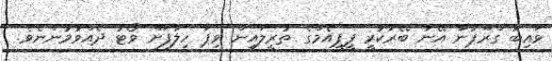
ވައިބާ ގްރޫޕުން އޭނާ ބޭރުކުރީ ޕީޕީއެމްގެ ތުރީލައިން ވިޕާ ހިލާފަށް ވޯޓު ދެއްވުމުންނެވެ.